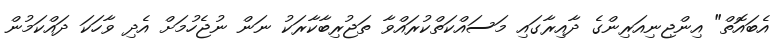
އެބައޮތް" އިންޖިނިއަރިންގެ ދާއިރާގައި މަސައްކަތްކުރައްވާ ތަޖުރިބާކާރަކު ނަން ނުޖެހުމަށް އެދި ވާހަކަ ދައްކަމުން